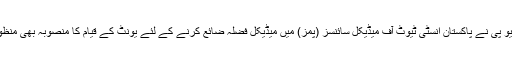
سی ڈی ڈبلیو پی نے پاکستان انسٹی ٹیوٹ آف میڈیکل سائنسز (پمز) میں میڈیکل فضلہ ضائع کرنے کے لئے یونٹ کے قیام کا منصوبہ بھی منظور کیا گیا ۔